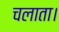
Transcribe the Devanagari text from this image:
चलाता।